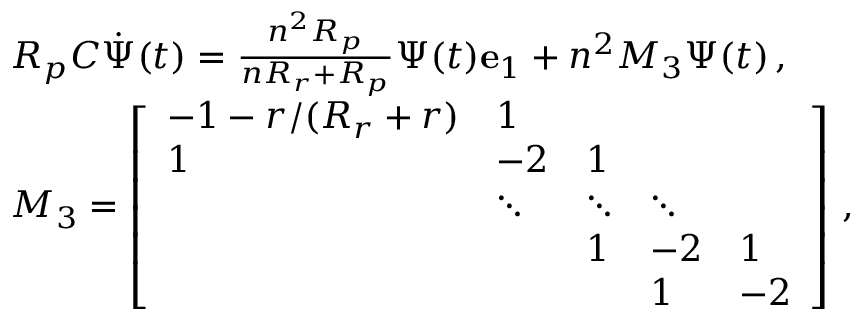
\begin{array} { r l } & { R _ { p } C \dot { \boldsymbol { \Psi } } ( t ) = \frac { n ^ { 2 } R _ { p } } { n R _ { r } + R _ { p } } \Psi ( t ) \mathbf { e } _ { 1 } + n ^ { 2 } M _ { 3 } \boldsymbol { \Psi } ( t ) \, , } \\ & { M _ { 3 } = \left[ \begin{array} { l l l l l } { - 1 - r / ( R _ { r } + r ) } & { 1 } & & & \\ { 1 } & { - 2 } & { 1 } & & \\ & { \ddots } & { \ddots } & { \ddots } & \\ & & { 1 } & { - 2 } & { 1 } \\ & & & { 1 } & { - 2 } \end{array} \right] \, , } \end{array}